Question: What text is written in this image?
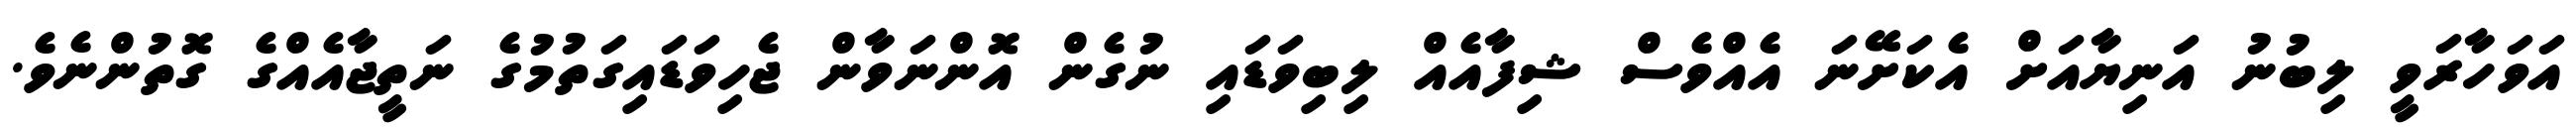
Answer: އަވަހާރަވީ ލިބުނު އަނިޔާއަށް އެކަށޭނަ އެއްވެސް ޝިފާއެއް ލިބިވަޑައި ނުގެން އޮންނަވާން ޖެހިވަޑައިގަތުމުގެ ނަތީޖާއެއްގެ ގޮތުންނެވެ.